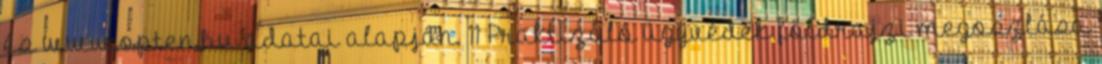
és www.opten.hu adatai alapján. 11 Praktizáló ügyvédek földrajzi megoszlása